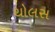
થોલસ